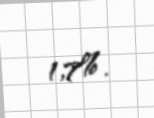
1,7%.